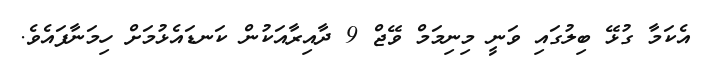
އެކަމާ ގުޅޭ ބިލުގައި ވަނީ މިނިމަމް ވޭޖް 9 ދާއިރާއަކުން ކަނޑައެޅުމަށް ހިމަނާފައެވެ.